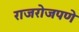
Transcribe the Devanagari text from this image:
राजरोजपणे